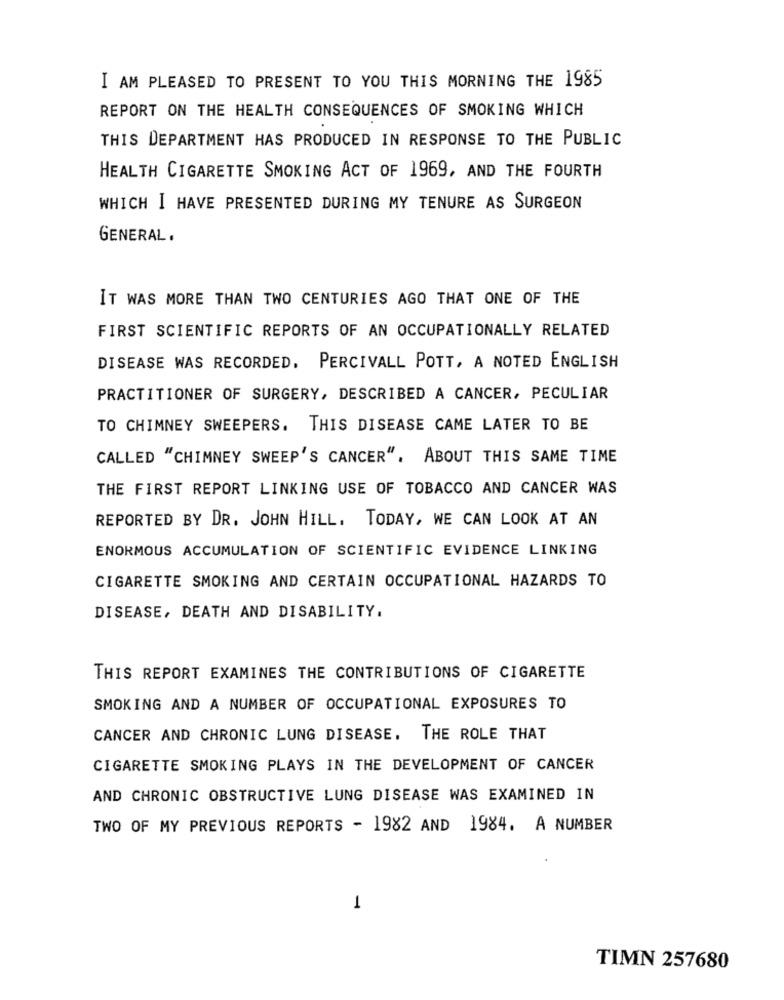
I AM PLEASED TO PRESENT TO YOU THIS MORNING THE 1985
REPORT ON THE HEALTH CONSEQUENCES OF SMOKING WHICH
THIS DEPARTMENT HAS PRODUCED IN RESPONSE TO THE PUBLIC
HEALTH CIGARETTE SMOKING ACT OF 1969, AND THE FOURTH
WHICH I HAVE PRESENTED DURING MY TENURE AS SURGEON
GENERAL.
IT WAS MORE THAN TWO CENTURIES AGO THAT ONE OF THE
FIRST SCIENTIFIC REPORTS OF AN OCCUPATIONALLY RELATED
DISEASE WAS RECORDED. PERCIVALL POTT, A NOTED ENGLISH
PRACTITIONER OF SURGERY, DESCRIBED A CANCER, PECULIAR
TO CHIMNEY SWEEPERS. THIS DISEASE CAME LATER TO BE
CALLED "CHIMNEY SWEEP'S CANCER". ABOUT THIS SAME TIME
THE FIRST REPORT LINKING USE OF TOBACCO AND CANCER WAS
REPORTED BY DR. JOHN HILL. TODAY, WE CAN LOOK AT AN
ENORMOUS ACCUMULATION OF SCIENTIFIC EVIDENCE LINKING
CIGARETTE SMOKING AND CERTAIN OCCUPATIONAL HAZARDS TO
DISEASE, DEATH AND DISABILITY.
THIS REPORT EXAMINES THE CONTRIBUTIONS OF CIGARETTE
SMOKING AND A NUMBER OF OCCUPATIONAL EXPOSURES TO
CANCER AND CHRONIC LUNG DISEASE. THE ROLE THAT
CIGARETTE SMOKING PLAYS IN THE DEVELOPMENT OF CANCER
AND CHRONIC OBSTRUCTIVE LUNG DISEASE WAS EXAMINED IN
TWO OF MY PREVIOUS REPORTS - 1982 AND 1984. A NUMBER
1
TIMN 257680